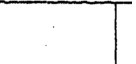
|